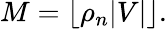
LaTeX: \begin{array}{r}{M=\lfloor\rho_{n}\vert V\vert\rfloor.}\end{array}